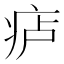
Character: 𪽮